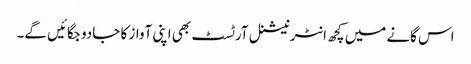
اس گانے میں کچھ انٹرنیشنل آرٹسٹ بھی اپنی آواز کا جادو جگائیں گے۔